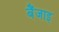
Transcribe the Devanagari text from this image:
बैंजाइ